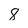
Character: 8